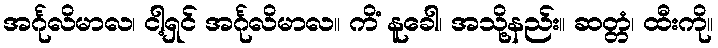
အင်္ဂုလိမာလ၊ ငါ့ရှင် အင်္ဂုလိမာလ။ ကိံ နူခေါ၊ အသို့နည်း။ ဆတ္တံ၊ ထီးကို။